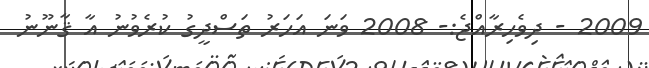
2009 - ދިވެހިރާއްޖެ:- 2008 ވަނަ އަހަރު ތަސްދީގު ކުރެވުނު އާ ޤާނޫނު